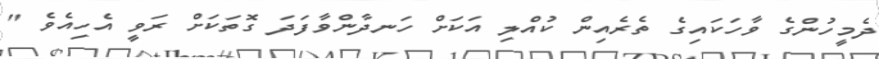
ދެމީހުންގެ ވާހަކައިގެ ތެރެއިން ކުއްލި އަކަށް ހަނދާންވާފަދަ ގޮތަކަށް ރަވީ އެހިއެވެ "